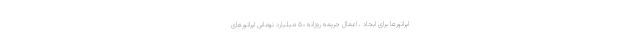
اپراتورها برای ایجاد ، اعمال جریمه روزانه ۵۰ میلیارد تومانی اپراتورهای